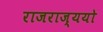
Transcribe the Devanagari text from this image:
राजराज्ययो